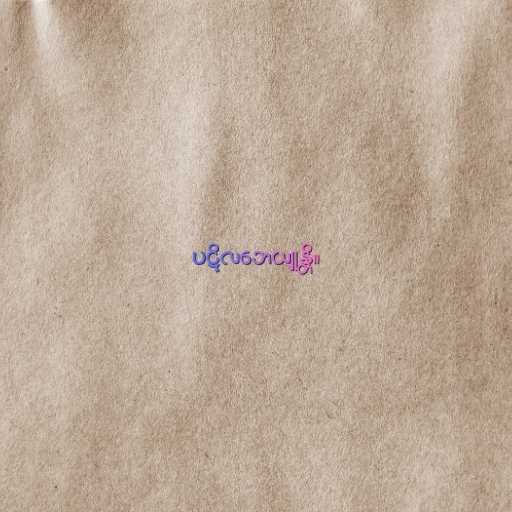
ပဋိလဘေယျုန္တိ။